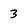
Character: 3